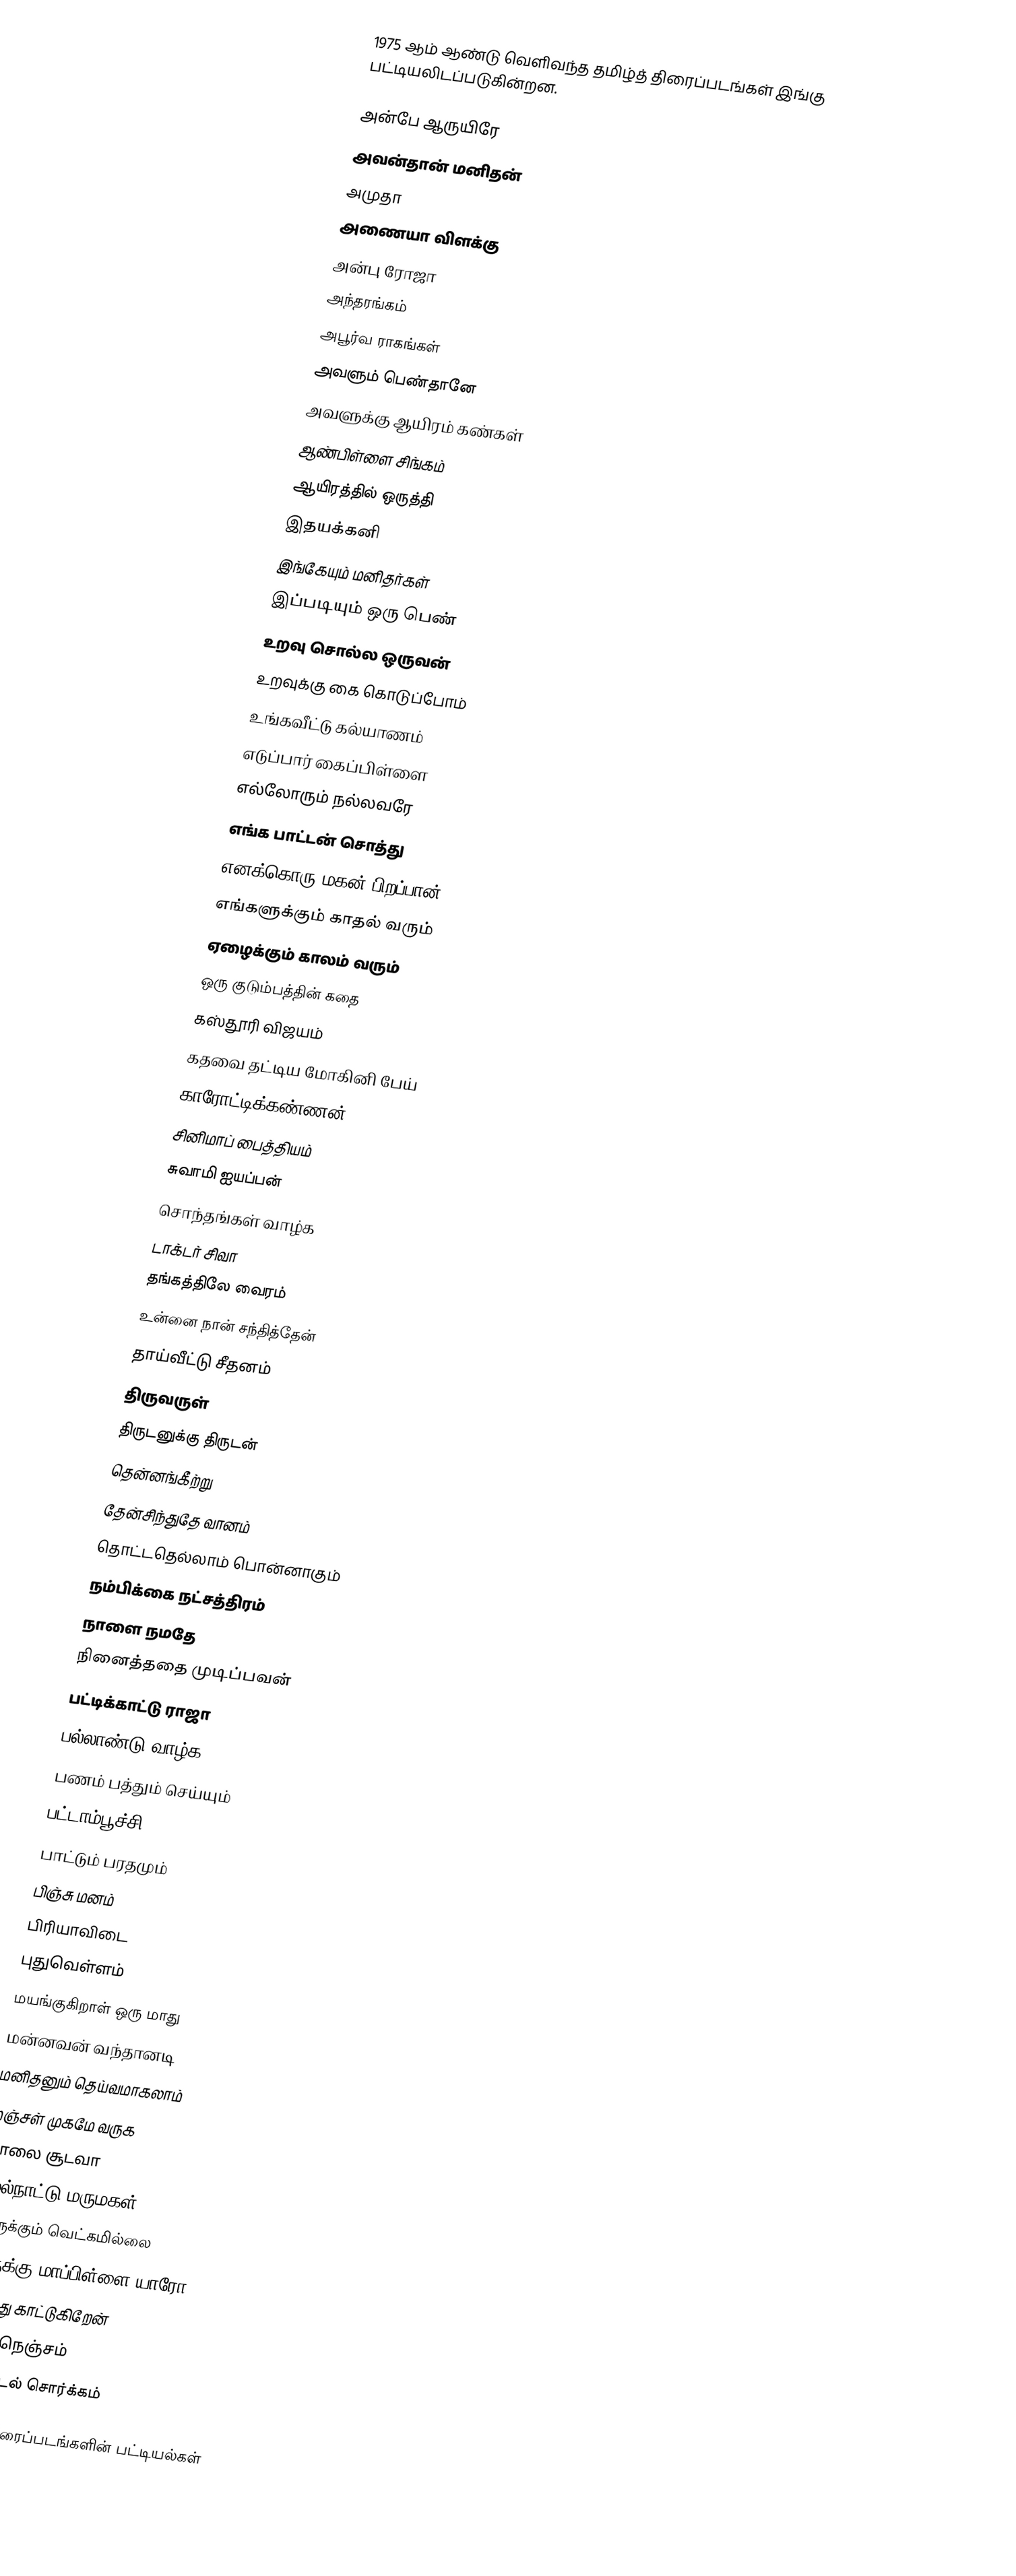
1975 ஆம் ஆண்டு வெளிவந்த தமிழ்த் திரைப்படங்கள் இங்கு பட்டியலிடப்படுகின்றன.

அன்பே ஆருயிரே
அவன்தான் மனிதன்
அமுதா
அணையா விளக்கு
அன்பு ரோஜா
அந்தரங்கம்
அபூர்வ ராகங்கள்
அவளும் பெண்தானே
அவளுக்கு ஆயிரம் கண்கள்
ஆண்பிள்ளை சிங்கம்
ஆயிரத்தில் ஒருத்தி
இதயக்கனி
இங்கேயும் மனிதர்கள்
இப்படியும் ஒரு பெண்
உறவு சொல்ல ஒருவன்
உறவுக்கு கை கொடுப்போம்
உங்கவீட்டு கல்யாணம்
எடுப்பார் கைப்பிள்ளை
எல்லோரும் நல்லவரே
எங்க பாட்டன் சொத்து
எனக்கொரு மகன் பிறப்பான்
எங்களுக்கும் காதல் வரும்
ஏழைக்கும் காலம் வரும்
ஒரு குடும்பத்தின் கதை
கஸ்தூரி விஜயம்
கதவை தட்டிய மோகினி பேய்
காரோட்டிக்கண்ணன்
சினிமாப் பைத்தியம்
சுவாமி ஐயப்பன்
சொந்தங்கள் வாழ்க
டாக்டர் சிவா
தங்கத்திலே வைரம்
உன்னை நான் சந்தித்தேன்
தாய்வீட்டு சீதனம்
திருவருள்
திருடனுக்கு திருடன்
தென்னங்கீற்று
தேன்சிந்துதே வானம்
தொட்டதெல்லாம் பொன்னாகும்
நம்பிக்கை நட்சத்திரம்
நாளை நமதே
நினைத்ததை முடிப்பவன்
பட்டிக்காட்டு ராஜா
பல்லாண்டு வாழ்க
பணம் பத்தும் செய்யும்
பட்டாம்பூச்சி
பாட்டும் பரதமும்
பிஞ்சு மனம்
பிரியாவிடை
புதுவெள்ளம்
மயங்குகிறாள் ஒரு மாது
மன்னவன் வந்தானடி
மனிதனும் தெய்வமாகலாம்
மஞ்சள் முகமே வருக
மாலை சூடவா
மேல்நாட்டு மருமகள்
யாருக்கும் வெட்கமில்லை
யாருக்கு மாப்பிள்ளை யாரோ
வாழ்ந்து காட்டுகிறேன்
வைர நெஞ்சம்
ஹோட்டல் சொர்க்கம்

தமிழ்த் திரைப்படங்களின் பட்டியல்கள்